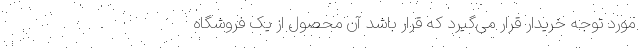
مورد توجه خریدار قرار می‌گیرد که قرار باشد آن محصول از یک فروشگاه